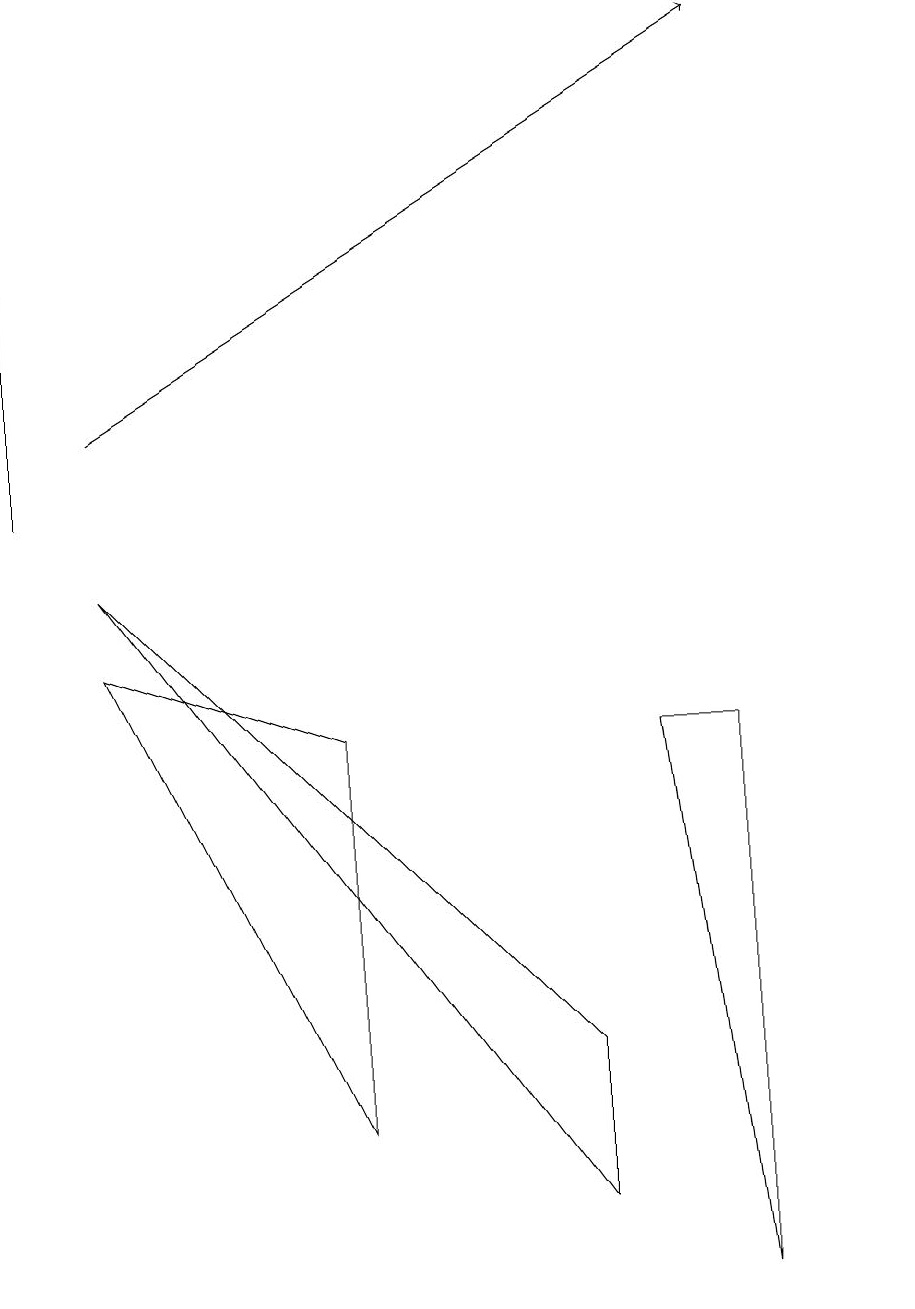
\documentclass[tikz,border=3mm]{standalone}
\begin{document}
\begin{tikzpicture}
\draw (0,10) rectangle (0,13);
\draw[->] (1,11) -- (9,16);
\draw (1,8) -- (4,7) -- (4,2) -- cycle;
\draw (7,1) -- (7,3) -- (1,9) -- cycle;
\draw (8,7) -- (9,7) -- (9,0) -- cycle;
\draw (11,10) circle (0);
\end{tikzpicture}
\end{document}